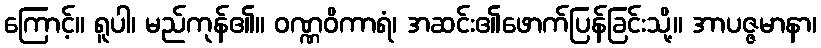
ကြောင့်။ ရူပါ၊ မည်ကုန်၏။ ဝဏ္ဏဝိကာရံ၊ အဆင်း၏ဖောက်ပြန်ခြင်းသို့။ အာပဇ္ဇမာနာ၊